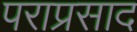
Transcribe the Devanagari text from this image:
पराप्रसाद